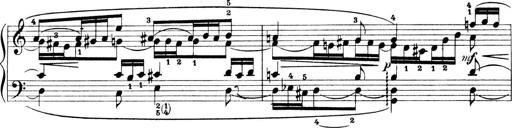
Title: 4 Sonatines
Composer: Max Reger